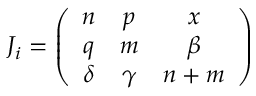
J _ { i } = \left( \begin{array} { c c c } { { n } } & { { p } } & { { x } } \\ { { q } } & { { m } } & { { \beta } } \\ { { \delta } } & { { \gamma } } & { { n + m } } \end{array} \right)